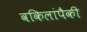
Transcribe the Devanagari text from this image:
वकिलांपैकी